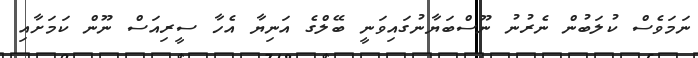
ނަމަވެސް ކުލަބުން ނެރުނު ނޫސްބަޔާނުގައިވަނީ ބޭލްގެ އަނިޔާ އެހާ ސީރިއަސް ނޫން ކަމަށާއި